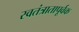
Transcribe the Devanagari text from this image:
स्वतंत्रातापूर्वक